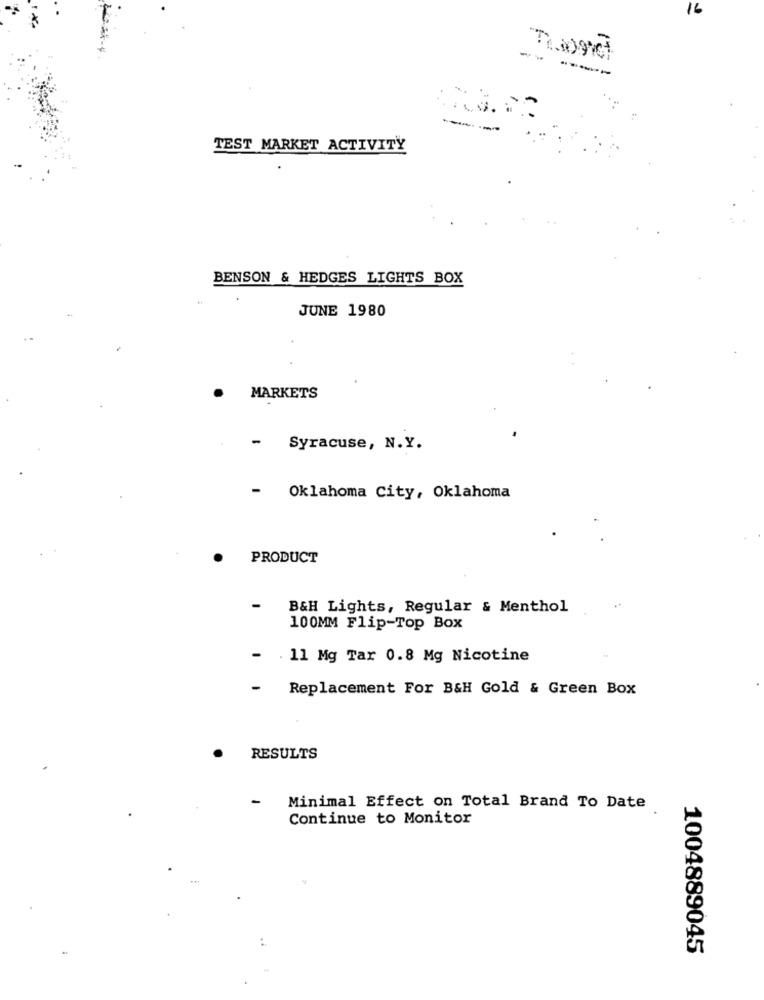
16
-----
TEST MARKET ACTIVITY
BENSON & HEDGES LIGHTS BOX
JUNE 1980
MARKETS
- Syracuse, N.Y.
Oklahoma City, Oklahoma
PRODUCT
B&H Lights, Regular & Menthol
100MM Flip-Top Box
. 11 Mg Tar 0.8 Mg Nicotine
-
Replacement For B&H Gold & Green Box
RESULTS
-
Minimal Effect on Total Brand To Date
Continue to Monitor
1004889045